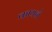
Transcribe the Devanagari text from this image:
कायने